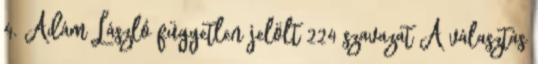
4. Ádám László független jelölt 224 szavazat A választás